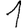
Digit: 1